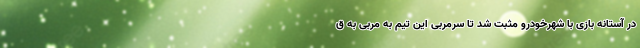
در آستانه بازی با شهرخودرو مثبت شد تا سرمربی این تیم به مربی به ق